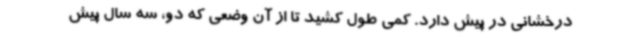
درخشانی در پیش دارد. کمی طول کشید تا از آن وضعی که دو، سه سال پیش